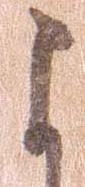
よ